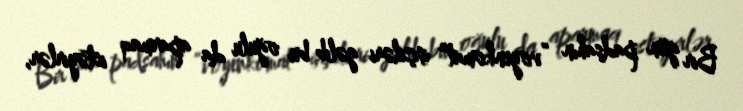
Bir gün padşahın “voyenkomat” işçiləri gəlib bu oğulu da aparmaq istəyirlər,